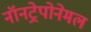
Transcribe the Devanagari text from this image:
नॉनट्रेपोनेमल